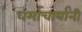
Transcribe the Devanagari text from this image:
धर्माचार्यांनी